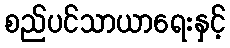
စည်ပင်သာယာရေးနှင့်